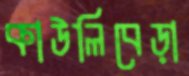
কাউলিবেড়া